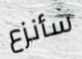
سأنزع